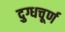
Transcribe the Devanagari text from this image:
दुग्धचूर्ण